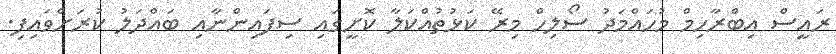
ރައީސް އިބްރާހިމް މުހައްމަދު ސޯލިހް މިރޭ ކަޅުތުއްކަލާ ކޮށީގައި ސިފައިންނާއި ބައްދަލު ކުރަށްވައިފި.